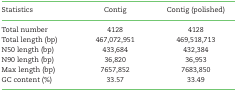
<table><thead><tr><td><b>Statistics</b></td><td><b>Contig</b></td><td><b>Contig (polished)</b></td></tr></thead><tbody><tr><td>Total number</td><td>4128</td><td>4128</td></tr><tr><td>Total length (bp)</td><td>467,072,951</td><td>469,518,713</td></tr><tr><td>N50 length (bp)</td><td>433,684</td><td>432,384</td></tr><tr><td>N90 length (bp)</td><td>36,820</td><td>36,953</td></tr><tr><td>Max length (bp)</td><td>7657,852</td><td>7683,850</td></tr><tr><td>GC content (%)</td><td>33.57</td><td>33.49</td></tr></tbody></table>